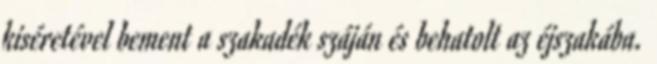
kiséretével bement a szakadék száján és behatolt az éjszakába.